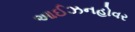
આઈઝનહોવર